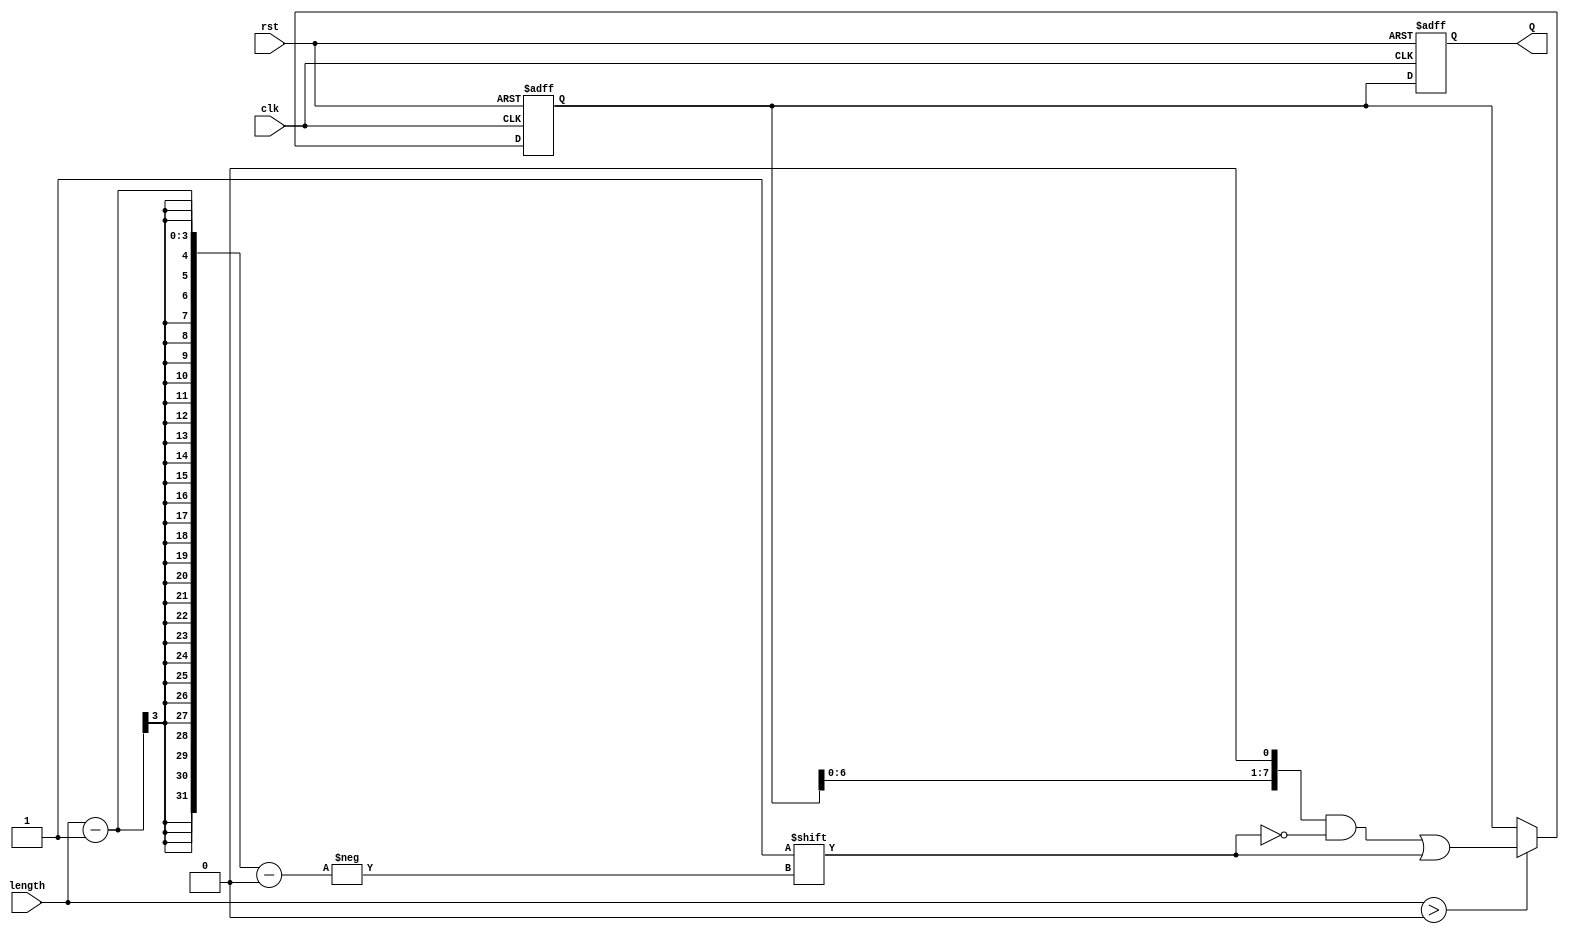
module variable_length_ring_counter #(
    parameter MAX_LENGTH = 8  // Maximum number of states (flip-flops)
)(
    input wire clk,            // Clock input
    input wire rst,            // Asynchronous reset
    input wire [2:0] length,   // Length of the counter (0 to MAX_LENGTH-1)
    output reg [MAX_LENGTH-1:0] Q // Counter outputs
);

    // Internal variable to hold the current state
    reg [MAX_LENGTH-1:0] current_state;

    always @(posedge clk or posedge rst) begin
        if (rst) begin
            // On reset, initialize the counter
            current_state <= 1'b1; // Set Q0 to 1, others to 0
            Q <= 0;
            Q[0] <= 1;
        end else begin
            // Shift the state based on the current length
            if (length > 0) begin
                // Clear the current state
                current_state <= {current_state[MAX_LENGTH-2:0], 1'b0}; // Shift left
                // Set the next state
                current_state[0] <= 1'b0; // Clear the first bit
                current_state[length-1] <= 1'b1; // Set the last active bit to 1
            end
            // Update the output
            Q <= current_state;
        end
    end

endmodule